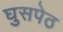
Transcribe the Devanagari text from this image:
घुसपेठ